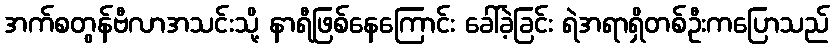
အက်စတွန်ဗီလာအသင်းသို့ နာရီဖြစ်နေကြောင်း ခေါ်ခဲ့ခြင်း ရဲအရာရှိတစ်ဦးကပြောသည်